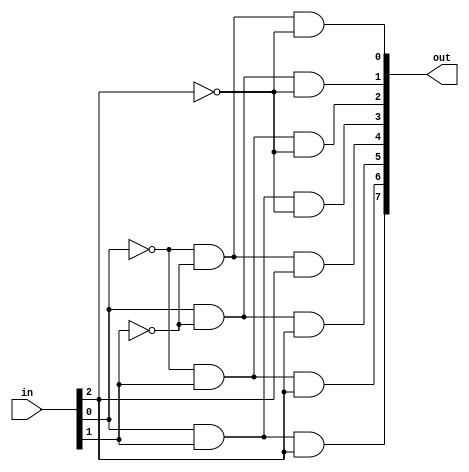
// 3 -> 8 decoder structural desc
module dec38 (in, out);
    input [2:0] in;
    output [7:0] out;
    wire [7:0] out;

    assign out[7] = ( in[0]  &  in[1]  &  in[2]);
    assign out[6] = (~in[0]  &  in[1]  &  in[2]);
    assign out[5] = ( in[0]  & ~in[1]  &  in[2]);
    assign out[4] = (~in[0]  & ~in[1]  &  in[2]);
    assign out[3] = ( in[0]  &  in[1]  & ~in[2]);
    assign out[2] = (~in[0]  &  in[1]  & ~in[2]);
    assign out[1] = ( in[0]  & ~in[1]  & ~in[2]);
    assign out[0] = (~in[0]  & ~in[1]  & ~in[2]);
endmodule

module de38_tb (out);
    reg [2:0] in = 0;
    output [7:0] out;

    dec38 dec_38_1(in, out);

    initial begin
        repeat(8) begin
            #100
            $display("in: ", in, " out: ", out);
            in = in + 1;
        end
    end
endmodule